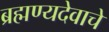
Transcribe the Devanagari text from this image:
ब्रह्मण्यदेवाचे